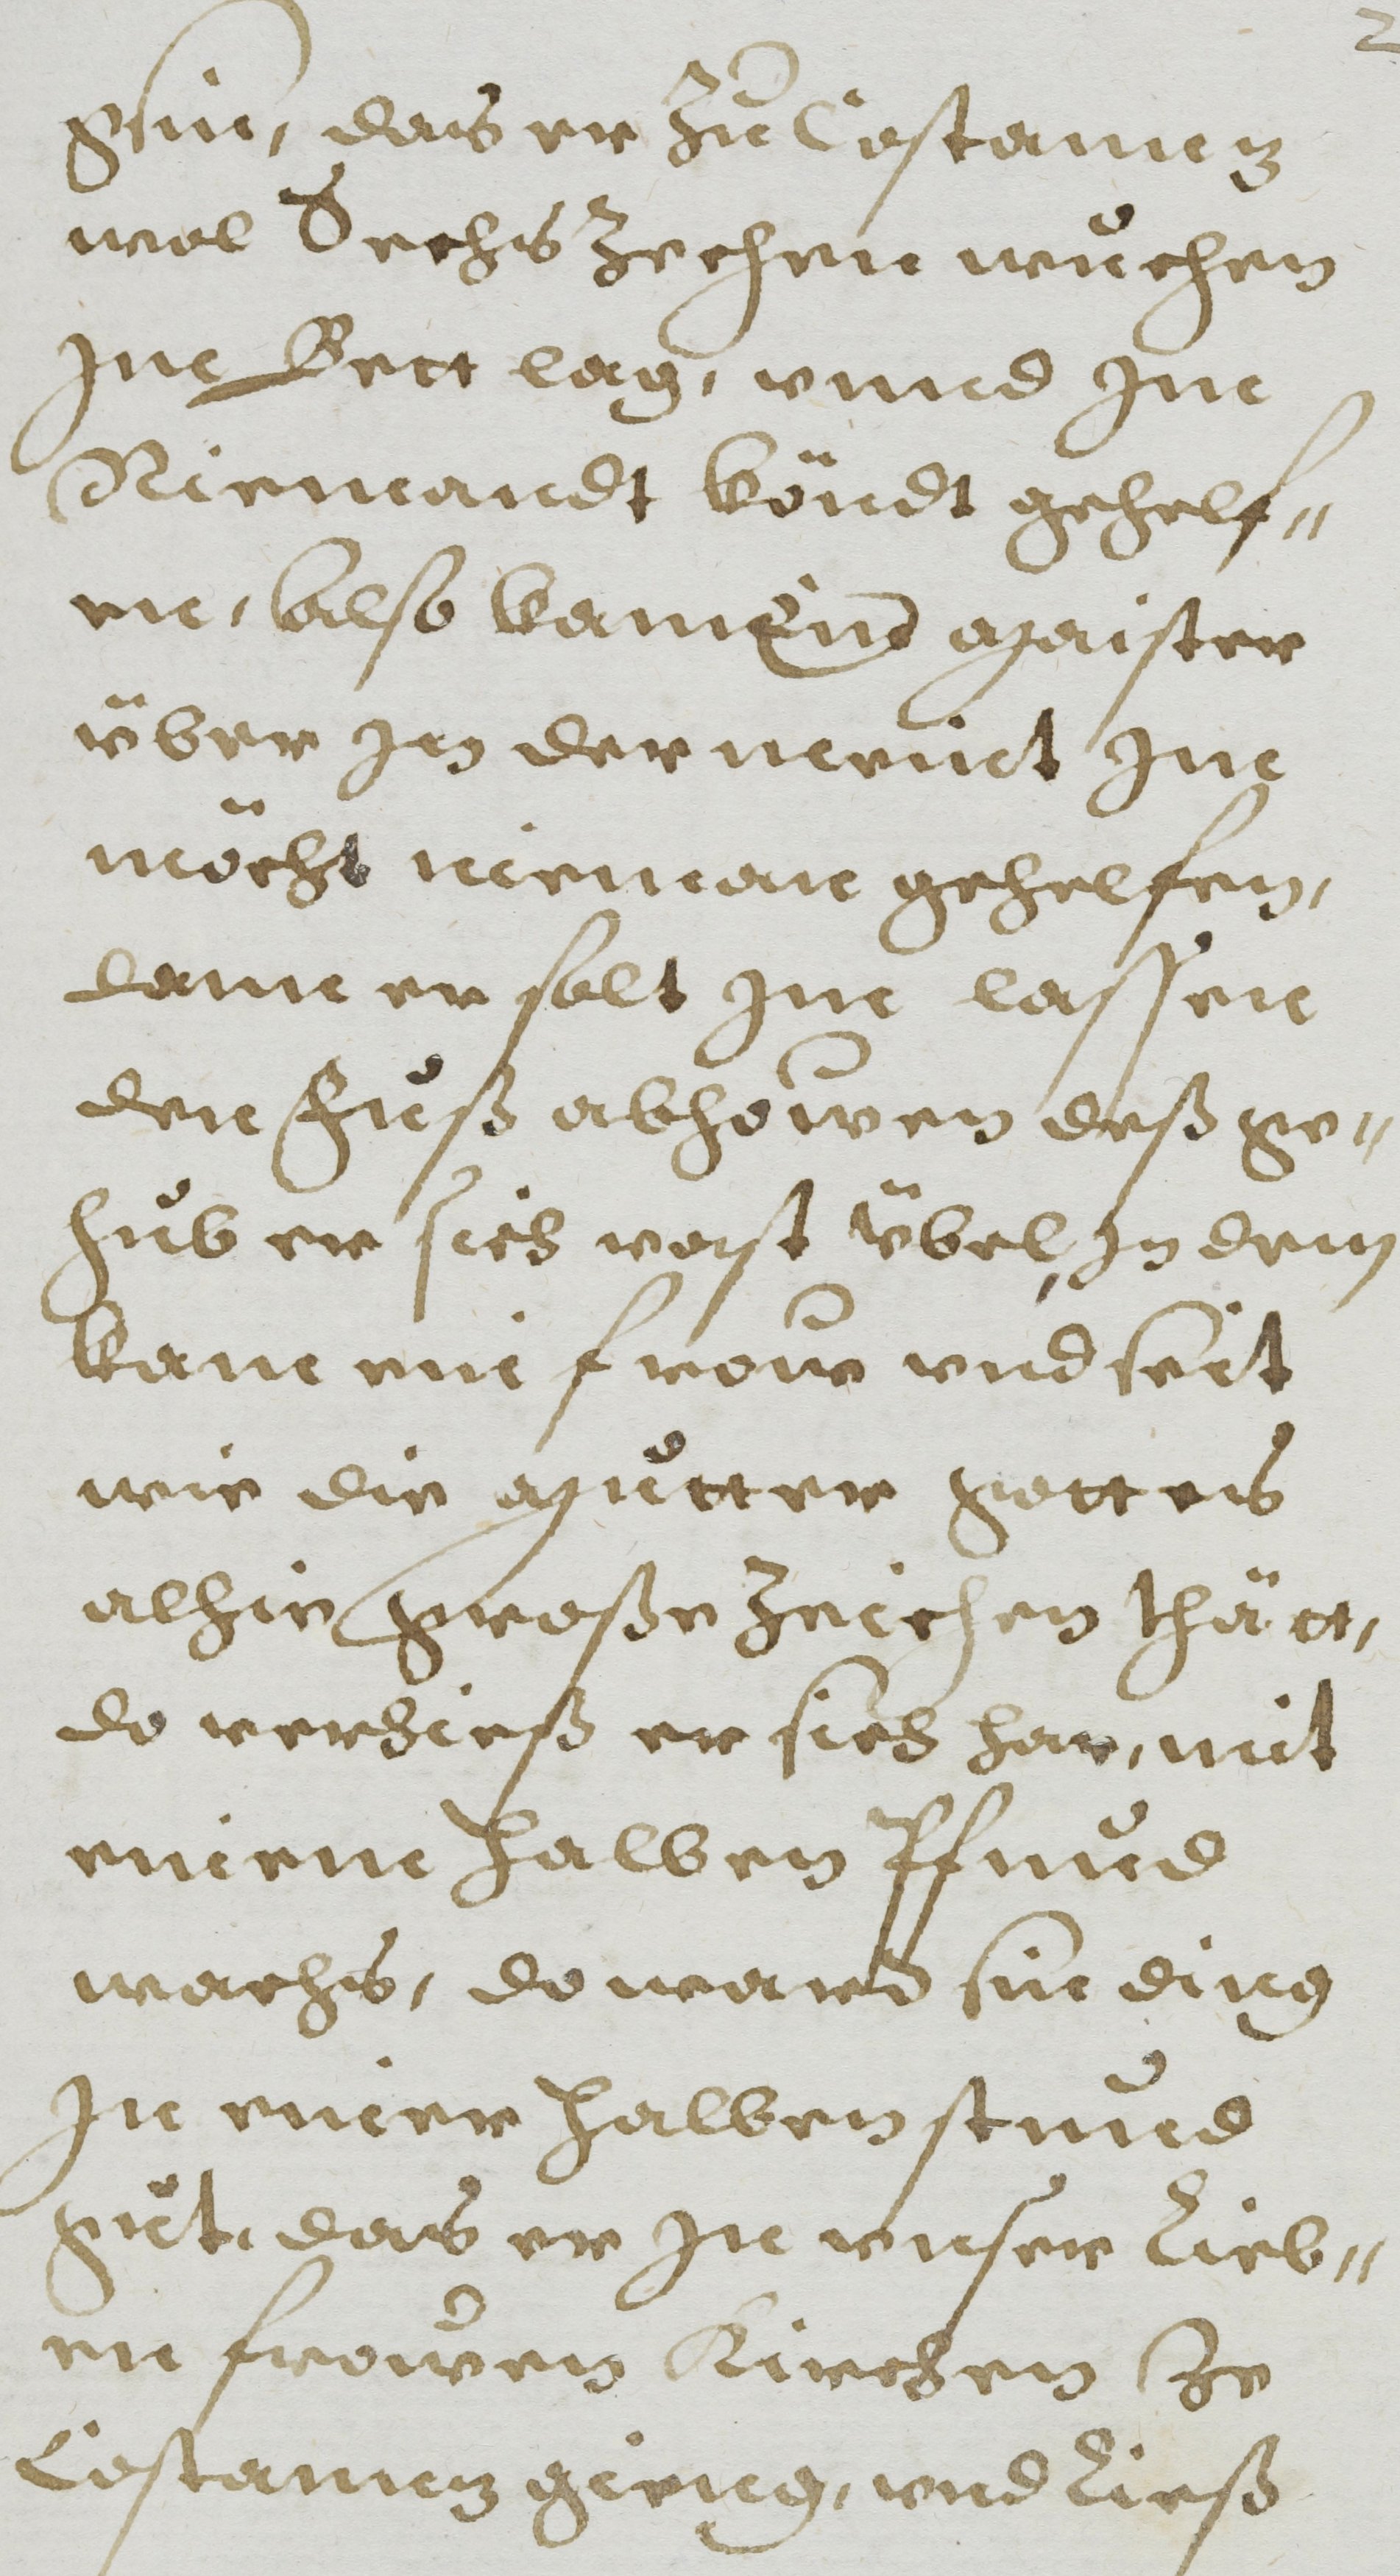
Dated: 1608–1608